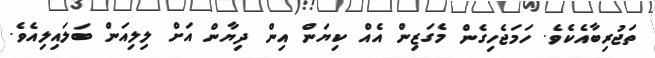
ތަޖުރިބާއެކެވެ. ހަމަޖެހިގެން މެގަޒިން އެއް ކިޔަން އިން ދިޔާން އަށް ލިލިއަން ބަލައިލިއެވެ.